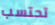
تحتسب